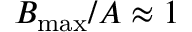
B _ { \operatorname* { m a x } } / A \approx 1